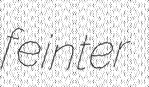
feinter